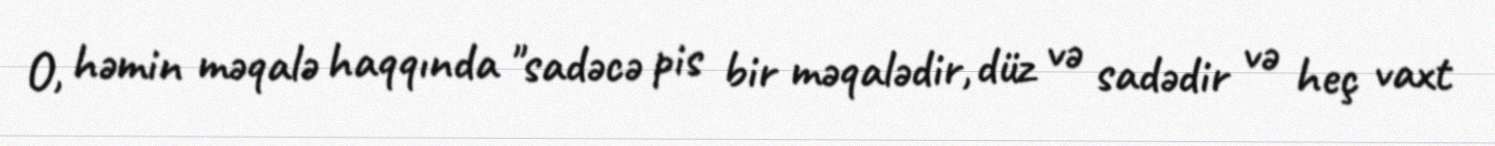
O, həmin məqalə haqqında "sadəcə pis bir məqalədir, düz və sadədir və heç vaxt